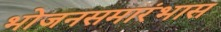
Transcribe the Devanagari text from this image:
भोजनसमारंभास